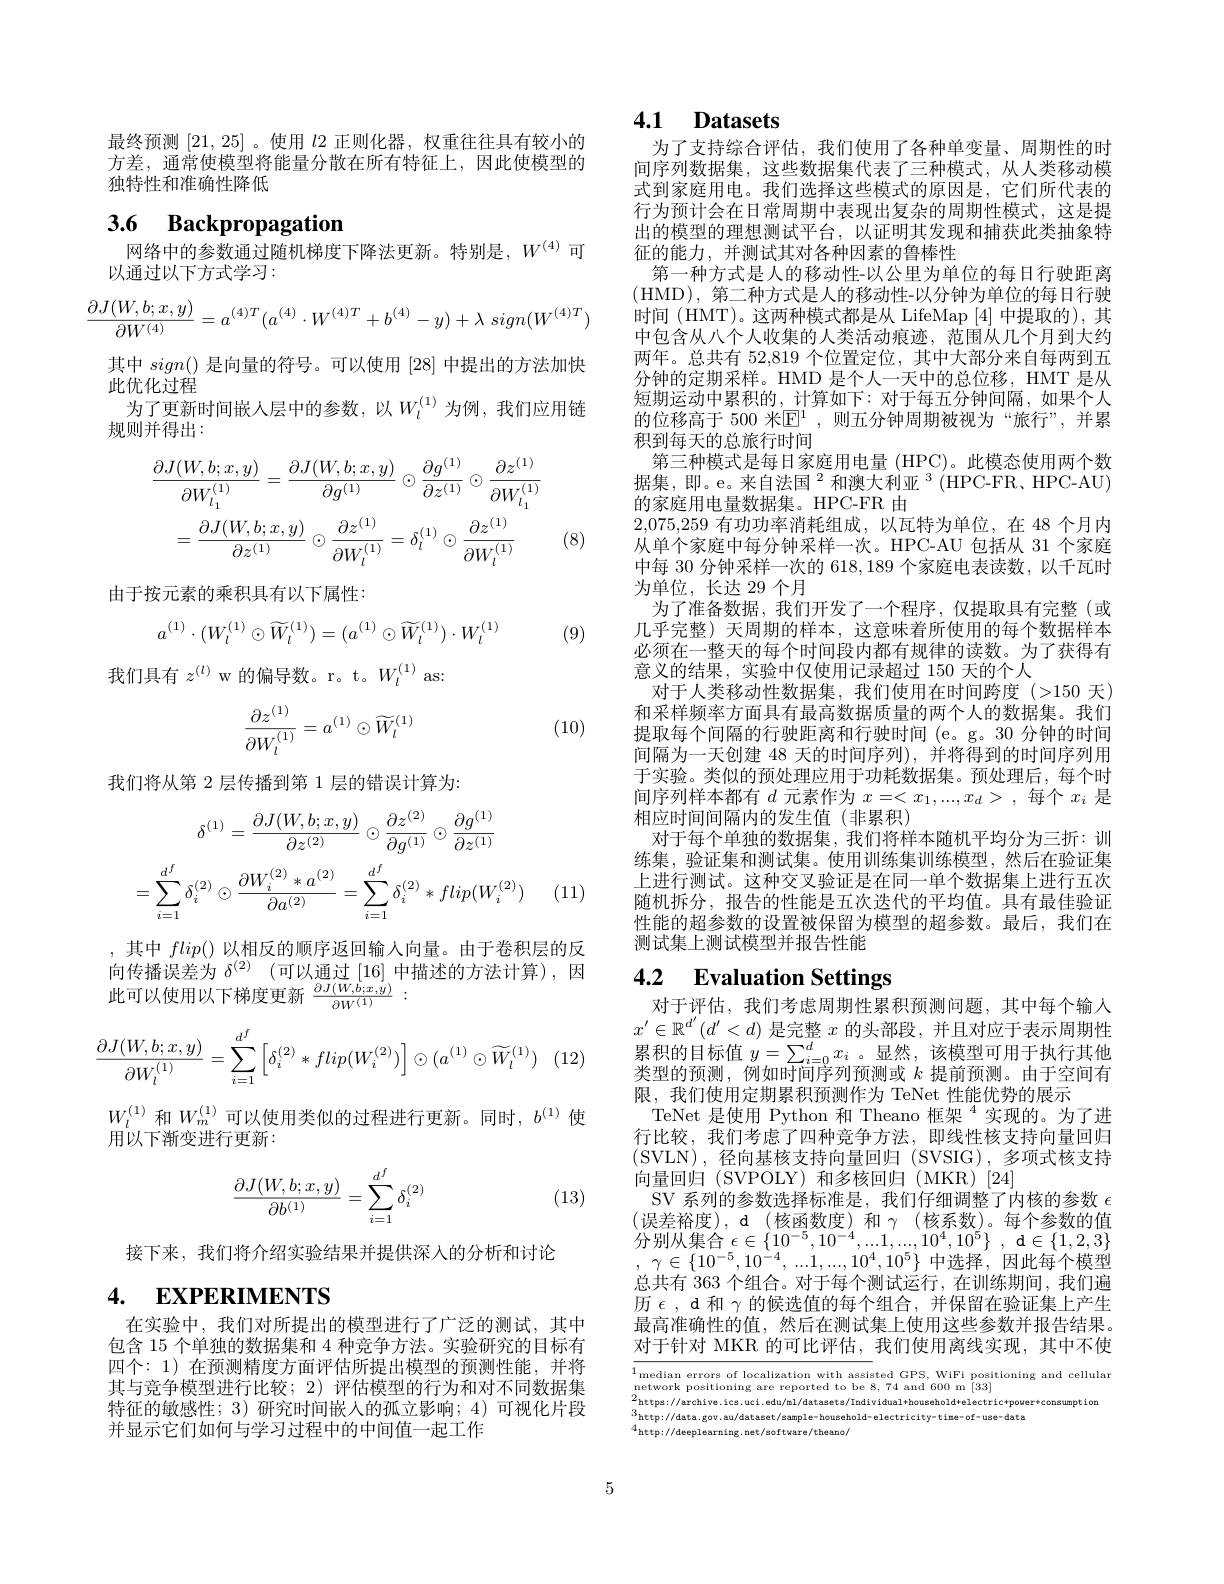
最终预测[21,25] 。使用$l$2 正则化器，权重往往具有较小的方差，通常使模型将能量分散在所有特征上，因此使模型的独特性和准确性降低

## 3.6 Backpropagation 网络中的参数通过随机梯度下降法更新。特别是，$W^{(4)}$可

以通过以下方式学习：
$$\dfrac{\partial J(W,b;x,y)}{\partial W^{(4)}}=a^{(4)T}(a^{(4)}\cdot W^{(4)T}+b^{(4)}-y)+\lambda\:sign(W^{(4)T})$$
其中$sign()$是向量的符号。可以使用[28]中提出的方法加快
此优化过程
为了更新时间嵌人层中的参数，以$W_l^{(1)}$为例，我们应用链
规则并得出：
$$\frac{\partial J(W,b;x,y)}{\partial W_{l_{1}}^{(1)}}=\frac{\partial J(W,b;x,y)}{\partial g^{(1)}}\odot\frac{\partial g^{(1)}}{\partial z^{(1)}}\odot\frac{\partial z^{(1)}}{\partial W_{l_{1}}^{(1)}}\\=\frac{\partial J(W,b;x,y)}{\partial z^{(1)}}\odot\frac{\partial z^{(1)}}{\partial W_{l}^{(1)}}=\delta_{l}^{(1)}\odot\frac{\partial z^{(1)}}{\partial W_{l}^{(1)}}$$
(8)

由于按元素的乘积具有以下属性：
$$a^{(1)}\cdot(W_l^{(1)}\odot\widetilde{W}_l^{(1)})=(a^{(1)}\odot\widetilde{W}_l^{(1)})\cdot W_l^{(1)}$$
(9)

我们具有$z^{(l)}$ w 的偏导数。r。t。$W_l^{(1)}$ as:
$$\begin{aligned}\frac{\partial z^{(1)}}{\partial W_l^{(1)}}=a^{(1)}\odot\widetilde{W}_l^{(1)}\end{aligned}$$
(10)

我们将从第 2 层传播到第 1 层的错误计算为：
$$\delta^{(1)}=\frac{\partial J(W,b;x,y)}{\partial z^{(2)}}\odot\frac{\partial z^{(2)}}{\partial g^{(1)}}\odot\frac{\partial g^{(1)}}{\partial z^{(1)}}\\=\sum_{i=1}^{d^{f}}\delta_{i}^{(2)}\odot\frac{\partial W_{i}^{(2)}*a^{(2)}}{\partial a^{(2)}}=\sum_{i=1}^{d^{f}}\delta_{i}^{(2)}*flip(W_{i}^{(2)})$$
(11)

,其中$flip()$以相反的顺序返回输入向量。由于卷积层的反向 传 播 误 差 为 $\delta ^{( 2) }$ (可 以 通 过 [16] 中 描 述 的 方 法 计 算 ) , 因 此 可 以 使 用 以 下 梯 度 更 新 $\frac {\partial J( W, b; x, y) }{\partial W^{( 1) }}:$
$$\frac{\partial J(W,b;x,y)}{\partial W_l^{(1)}}=\sum_{i=1}^{d^f}\left[\delta_i^{(2)}*flip(W_i^{(2)})\right]\odot(a^{(1)}\odot\widetilde{W}_l^{(1)})$$
1 (12)

$W_l^{(1)}$和$W_m^{(1)}$可以使用类似的过程进行更新。同时，$b^{(1)}$使
用以下渐变进行更新：
$$\begin{aligned}\frac{\partial J(W,b;x,y)}{\partial b^{(1)}}=\sum_{i=1}^{d^f}\delta_i^{(2)}\end{aligned}$$
(13)

接下来，我们将介绍实验结果并提供深入的分析和讨论

# 4. EXPERIMENTS

在实验中，我们对所提出的模型进行了广泛的测试，其中包含 15 个单独的数据集和 4 种竞争方法。实验研究的目标有四个：1) 在预测精度方面评估所提出模型的预测性能，并将其与竞争模型进行比较；2) 评估模型的行为和对不同数据集特征的敏感性；3) 研究时间嵌人的孤立影响；4)可视化片段并显示它们如何与学习过程中的中间值一起工作

## 4.1 Datasets

为了支持综合评估，我们使用了各种单变量、周期性的时间序列数据集，这些数据集代表了三种模式，从人类移动模式到家庭用电。我们选择这些模式的原因是，它们所代表的行为预计会在日常周期中表现出复杂的周期性模式，这是提出的模型的理想测试平台，以证明其发现和捕获此类抽象特征的能力，并测试其对各种因素的鲁棒性
第一种方式是人的移动性-以公里为单位的每日行驶距离(HMD),第二种方式是人的移动性-以分钟为单位的每日行驶时间(HMT)。这两种模式都是从 LifeMap [4]中提取的),其中包含从八个人收集的人类活动痕迹，范围从几个月到大约两年。总共有 52,819 个位置定位，其中大部分来自每两到五分钟的定期采样。HMD 是个人一天中的总位移，HMT 是从短期运动中累积的，计算如下：对于每五分钟间隔，如果个人的位移高于 500 米$\mathbb{E}^1$, 则五分钟周期被视为“旅行”,并累积到每天的总旅行时间
第三种模式是每日家庭用电量 (HPC)。此模态使用两个数据集，即。e。来自法国$^2\text{ 和澳大利亚 }^3($HPC-FR、HPC-AU) 的家庭用电量数据集。HPC-FR 由
2,075,259有功功率消耗组成，以瓦特为单位，在 48 个月内从单个家庭中每分钟采样一次。HPC-AU包括从 31 个家庭中每 30 分钟采样一次的 618,189 个家庭电表读数，以千瓦时为单位，长达 29 个月
为了准备数据，我们开发了一个程序，仅提取具有完整(或几乎完整) 天周期的样本，这意味着所使用的每个数据样本必须在一整天的每个时间段内都有规律的读数。为了获得有意义的结果 , 实验中仅使用记录超过 150 天的个人
对于人类移动性数据集，我们使用在时间跨度(>150 天) 和采样频率方面具有最高数据质量的两个人的数据集。我们提取每个间隔的行驶距离和行驶时间 (e。g。30 分钟的时间间隔为一天创建 48 天的时间序列), 并将得到的时间序列用于实验。类似的预处理应用于功耗数据集。预处理后，每个时间序列样本都有$d$元素作为$x=<x_1,...,x_d>$,每个$x_i$是相应时间间隔内的发生值(非累积)
对于每个单独的数据集，我们将样本随机平均分为三折：训练集，验证集和测试集。使用训练集训练模型，然后在验证集上进行测试。这种交叉验证是在同一单个数据集上进行五次随机拆分，报告的性能是五次迭代的平均值。具有最佳验证性能的超参数的设置被保留为模型的超参数。最后，我们在测试集上测试模型并报告性能

## 4.2 $\textbf{Evaluation Settings}$

对于评估，我们考虑周期性累积预测问题，其中每个输入$x^{\prime}\in\mathbb{R}^{d^{\prime}}(d^{\prime}<d)$是完整$x$的头部段，并且对应于表示周期性$\begin{array}{l}\text{累积的目标值 }y=\sum_{i=0}^dx_i\text{ 。显然 ,该模型可用于执行其他}\\\text{类型的预测，例如时间序列预测或 }k\text{ 提前预测。由于空间有}\end{array}$ 限，我们使用定期累积预测作为 TeNet 性能优势的展示
TeNet 是使用 Python 和 Theano 框架 $^{4}$实现的。为了进行比较，我们考虑了四种竞争方法，即线性核支持向量回归(SVLN),径向基核支持向量回归(SVSIG),多项式核支持向量回归 (SVPOLY)和多核回归 (MKR)[24]
SV 系列的参数选择标准是，我们仔细调整了内核的参数$\epsilon$ (误差裕度),d(核函数度)和$\gamma($核系数)。每个参数的值$\begin{array}{l}{\text{分别从集合}\epsilon\in\{10^{-5},10^{-4},...1,...,10^{4},10^{5}\},\mathrm{~d}\in\{1,2,3\}}\\{,\:\gamma\in\{10^{-5},10^{-4},...1,...,10^{4},10^{5}\}\text{ 中选择 },\text{因此每个模型}}\end{array}$ 总共有 363 个组合。对于每个测试运行，在训练期间，我们遍历$\epsilon$,d和$\gamma$的候选值的每个组合，并保留在验证集上产生最高准确性的值，然后在测试集上使用这些参数并报告结果。对于针对 MKR 的可比评估，我们使用离线实现，其中不使

1median errors of localization with assisted GPS,  WiFi positioning and cellula network positioning are reported to be 8,  74 and 600 m [ 33]  2httpa: / / archive. ice. uci. edu/ n1/ datasets/ Individual+ houechold+ electric+ pover* congumption 3http: / / data.
$\begin{aligned}3\text{http:}//\text{data.gov.au/dataset/sample-household-electricity-tine-of-use-data}\\4\text{http:}//\text{data.gov.au/dataset/sample-household-electricity-tine-of-use-data}\end{aligned}$
4http://deeplearning.net/software/theano/

5